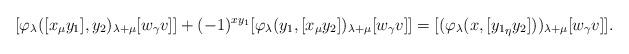
LaTeX: \begin{align*}[\varphi_\lambda([x_\mu y_1], y_2)_{\lambda+\mu}[w_\gamma v ]]+ (-1)^{xy_1}[\varphi_\lambda(y_1, [ x_\mu y_2])_{\lambda+\mu}[w_\gamma v ]] = [(\varphi_\lambda(x, [{y_1}_\eta y_2]))_{\lambda+\mu}[w_\gamma v]].\end{align*}